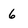
Character: 6